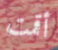
أقمت